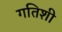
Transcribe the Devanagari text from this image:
गतिशी